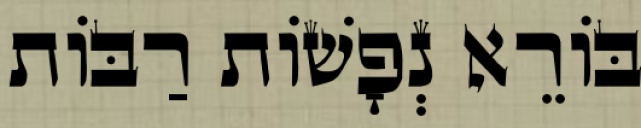
בּוֹרֵא נְפָשׁוֹת רַבּוֹת